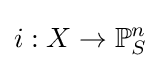
i:X\to \mathbb {P} _{S}^{n}